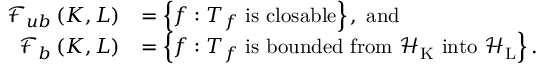
\begin{array} { r l } { \mathscr { F } _ { u b } \left( K , L \right) } & { = \left\{ f : T _ { f } \mathrm { ~ i s ~ c l o s a b l e } \right\} , \; \mathrm { a n d } } \\ { \mathscr { F } _ { b } \left( K , L \right) } & { = \left\{ f : T _ { f } \mathrm { ~ i s ~ b o u n d e d ~ f r o m ~ \ensuremath { \mathscr { H } _ { K } } ~ i n t o ~ \ensuremath { \mathscr { H } _ { L } } } \right\} . } \end{array}